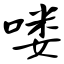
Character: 喽